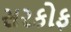
સરકોફ